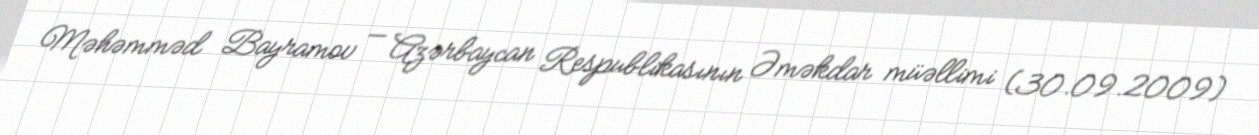
Məhəmməd Bayramov — Azərbaycan Respublikasının Əməkdar müəllimi (30.09.2009)